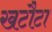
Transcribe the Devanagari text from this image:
खटौटा